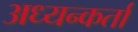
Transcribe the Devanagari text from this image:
अध्यन्कर्ता